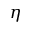
\eta